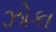
ઝોકા